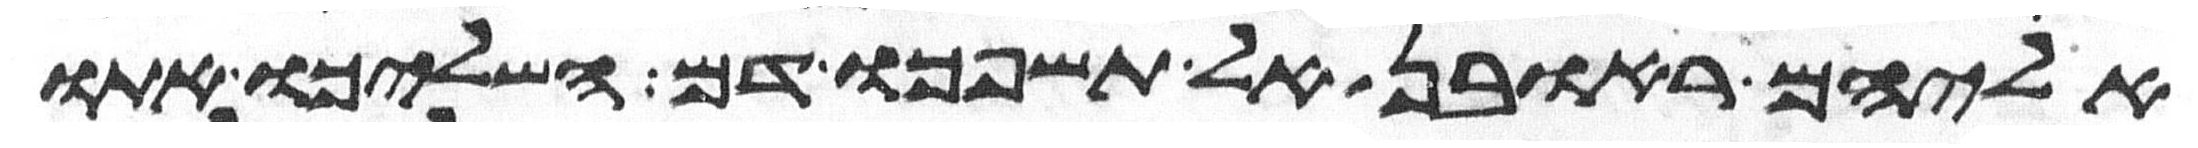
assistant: אליהם ראובן אל תשפכו דם השליכו אתו